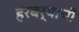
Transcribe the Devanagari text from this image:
हरबर्याची